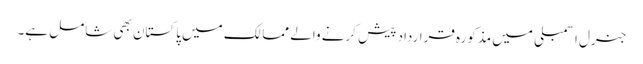
جنرل اسمبلی میں مذکورہ قرارداد پیش کرنے والے ممالک میں پاکستان بھی شامل ہے۔